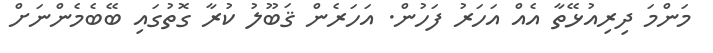
މަންމަ ދިރިއުޅޭތާ އެއް އަހަރު ފަހުން. އަހަރެން ޤަބޫލު ކުރާ ގޮތުގައި ބޭބެމެންނަށް